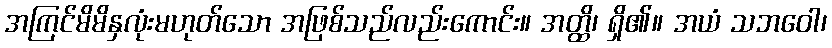
အကြင်မိမိနှလုံးမဟုတ်သော အဖြစ်သည်လည်းကောင်း။ အတ္ထိ၊ ရှိ၏။ အယံ သဘဝေါ၊